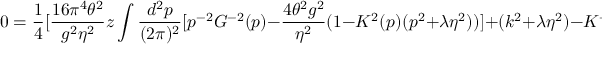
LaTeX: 0 = \frac { 1 } { 4 } [ \frac { 1 6 \pi ^ { 4 } \theta ^ { 2 } } { g ^ { 2 } \eta ^ { 2 } } z \int \frac { d ^ { 2 } p } { ( 2 \pi ) ^ { 2 } } [ p ^ { - 2 } G ^ { - 2 } ( p ) - \frac { 4 \theta ^ { 2 } g ^ { 2 } } { \eta ^ { 2 } } ( 1 - K ^ { 2 } ( p ) ( p ^ { 2 } + \lambda \eta ^ { 2 } ) ) ] + ( k ^ { 2 } + \lambda \eta ^ { 2 } ) - K ^ { - 2 } ( k ) ]